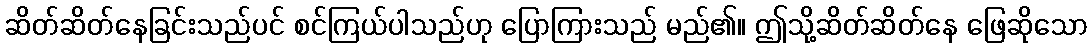
ဆိတ်ဆိတ်နေခြင်းသည်ပင် စင်ကြယ်ပါသည်ဟု ပြောကြားသည် မည်၏။ ဤသို့ဆိတ်ဆိတ်နေ ဖြေဆိုသော